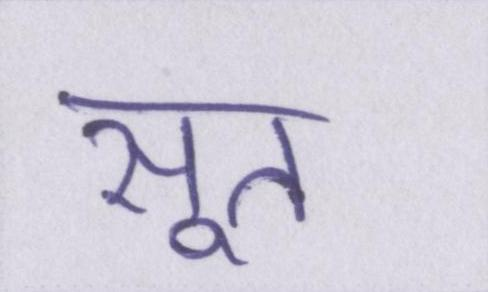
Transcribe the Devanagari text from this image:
सूत